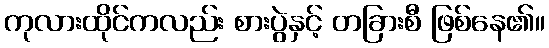
ကုလားထိုင်ကလည်း စားပွဲနှင့် တခြားစီ ဖြစ်နေ၏။